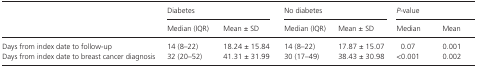
<table><thead><tr><td rowspan="2"></td><td colspan="2"><b>Diabetes</b></td><td colspan="2"><b>No diabetes</b></td><td colspan="2"><b><i>P</i>‐value</b></td></tr><tr><td><b>Median (IQR)</b></td><td><b>Mean ± SD</b></td><td><b>Median (IQR)</b></td><td><b>Mean ± SD</b></td><td><b>Median</b></td><td><b>Mean</b></td></tr></thead><tbody><tr><td>Days from index date to follow‐up</td><td>14 (8–22)</td><td>18.24 ± 15.84</td><td>14 (8–22)</td><td>17.87 ± 15.07</td><td>0.07</td><td>0.001</td></tr><tr><td>Days from index date to breast cancer diagnosis</td><td>32 (20–52)</td><td>41.31 ± 31.99</td><td>30 (17–49)</td><td>38.43 ± 30.98</td><td>&lt;0.001</td><td>0.002</td></tr></tbody></table>